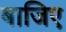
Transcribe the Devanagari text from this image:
बाजिए